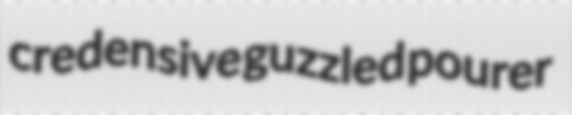
credensive guzzled pourer